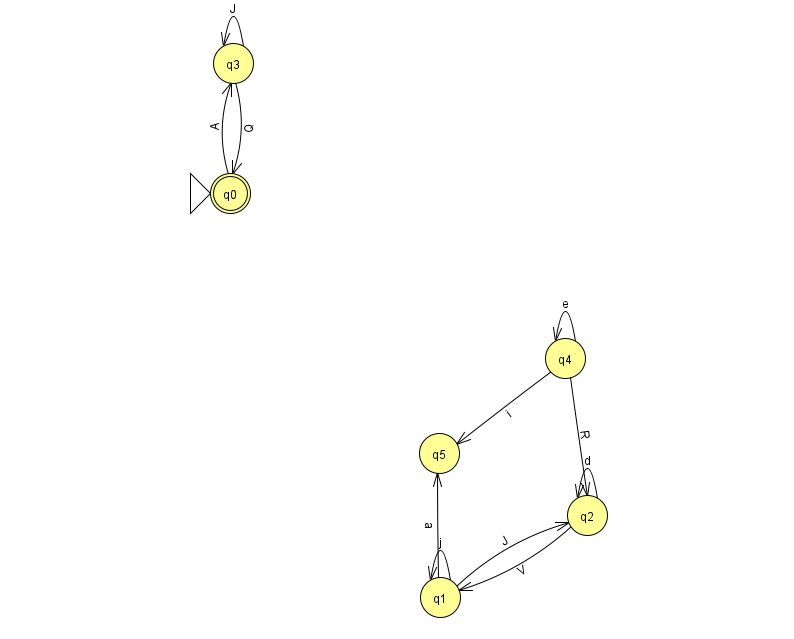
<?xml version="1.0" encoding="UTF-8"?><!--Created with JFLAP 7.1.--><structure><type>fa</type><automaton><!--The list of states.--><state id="0" name="q0"><x>230.0</x><y>180.0</y><initial/><final/></state><state id="1" name="q1"><x>440.0</x><y>584.0</y></state><state id="2" name="q2"><x>587.0</x><y>502.0</y></state><state id="3" name="q3"><x>233.0</x><y>50.0</y></state><state id="4" name="q4"><x>565.0</x><y>345.0</y></state><state id="5" name="q5"><x>439.0</x><y>440.0</y></state><!--The list of transitions.--><transition><from>1</from><to>2</to><read>J</read></transition><transition><from>4</from><to>5</to><read>i</read></transition><transition><from>2</from><to>2</to><read>d</read></transition><transition><from>4</from><to>4</to><read>e</read></transition><transition><from>1</from><to>1</to><read>j</read></transition><transition><from>3</from><to>3</to><read>J</read></transition><transition><from>0</from><to>3</to><read>A</read></transition><transition><from>2</from><to>1</to><read>V</read></transition><transition><from>3</from><to>0</to><read>Q</read></transition><transition><from>4</from><to>2</to><read>R</read></transition><transition><from>1</from><to>5</to><read>a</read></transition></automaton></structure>